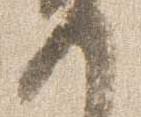
如